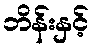
ဘိန်းနှင့်